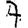
Digit: 7